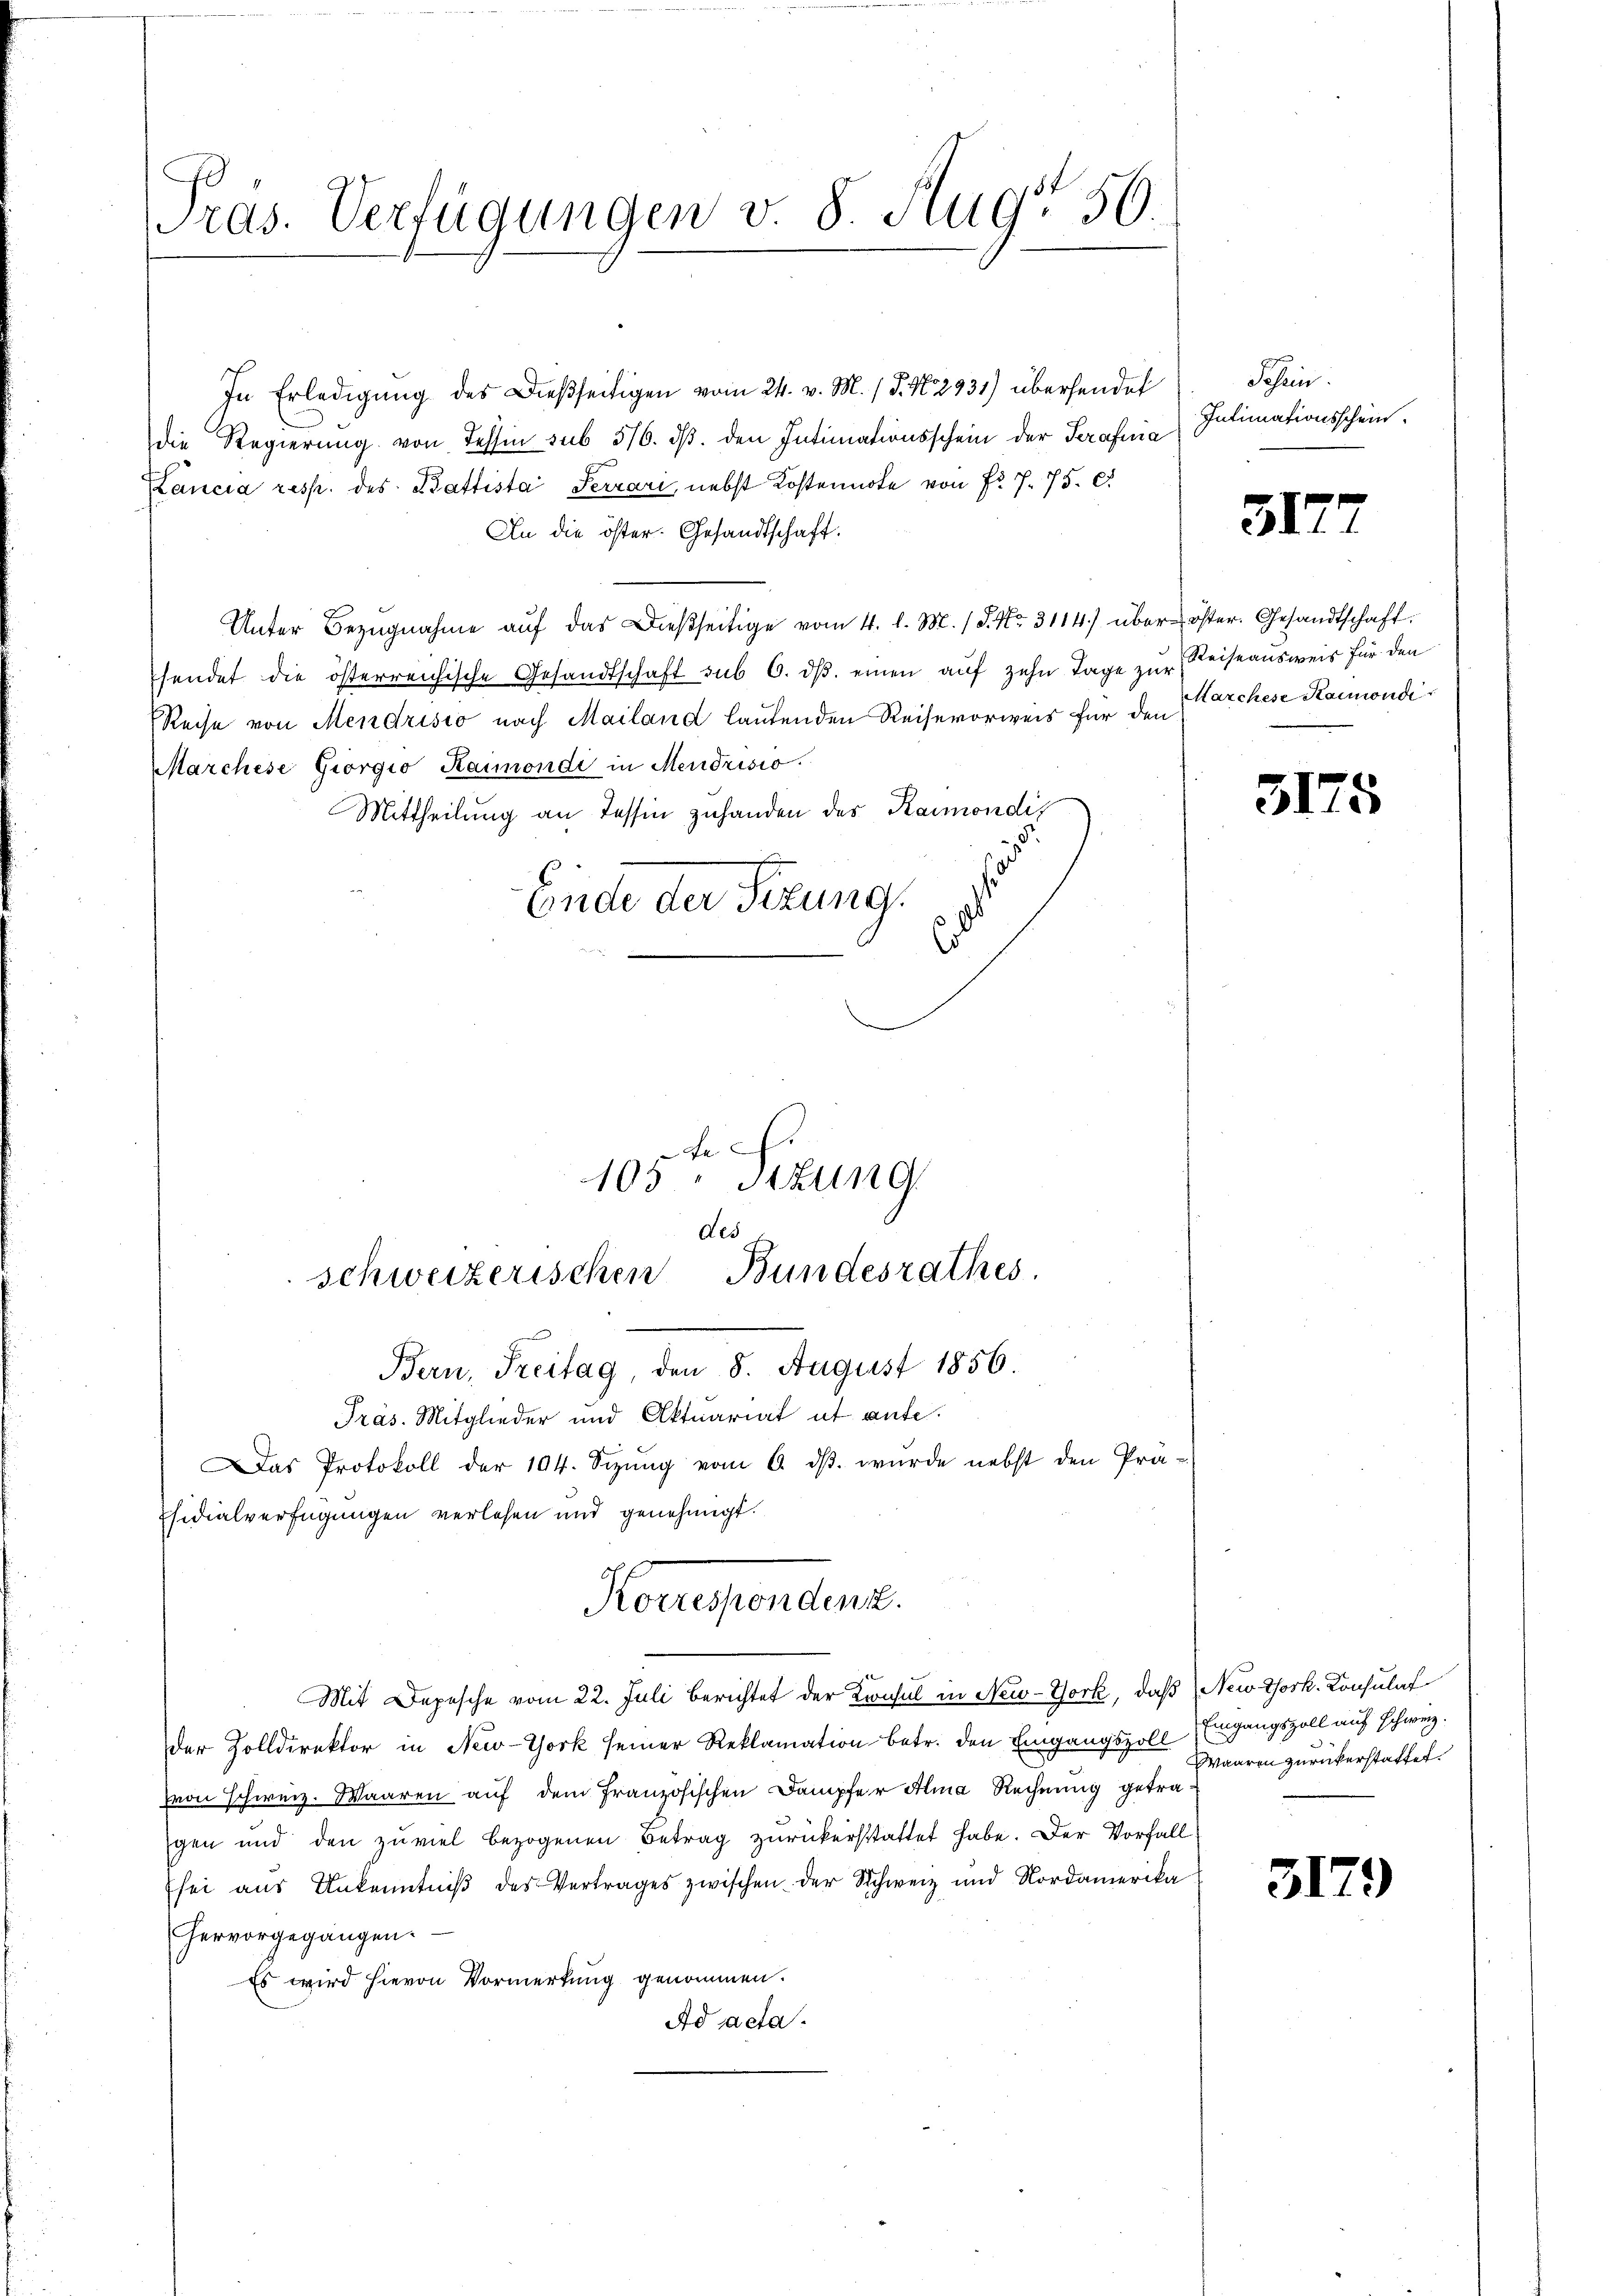
Pras. Verfügungen v. 8. Aug. 50.

In Erledigung des Dießseitigen vom 24. v. M. (T. N. 2931) überhandel
die Regierung von Tessin sub 5/6. dβ. den Intimationsschein der Serafuia
Pancia resp. des Battista Serrari, nebst Kostennote von Fr. f. 75. c.
An die öster. Gesandtschaft.
Unter Bezugnahme auf das dießseitige vom 4. d. M. 18. No. 3114) über öster. Gesandtschaft.
sendet die österreichische Gesandtschaft sub 6. dβ einen auf zehn Tage zur Keiseausweis für den
Reise von Mendrisio nach Mailand lautenden Reise vorweis für den Marchese Kanondi¬
Marchese Giorgio Kainondi in Mendrisio
Mittheilung an Tessin zuhanden des Raimondis
Ende der Seizung.

105 " Stzung
des
schweizerischen Bundesrathes.
Bern, Treitag, den 8. August 1856.
Präs. Mitglieder und Aktuariat it ante¬
Das Protokoll der 104. Sezŭng vom 6. dβ. wurde nebst den Prä-
sidialverfügungen verlesen und genehmigt.

Mit Depesche vom 22. Juli berichtet der Konsul in New-York, daß (New York. Konsulat
der Zolldirektor in New-York seiner Reklamation betr. den Eingangszoll Eingangszoll auf schweiz.
Von schweiz. Waaren auf dem französischen Dampfer Alma Rechnung getragen und den zuviel bezogenen Betrag zurückerstattet habe. Der Vorfall
sei aus Unkenntniβ des Vertrages zwischen der Schweiz und Nordamerika
hervorgegangen.
Es wird hievon Vormerkung genommen.
Ad acta.

Horgendent.

Sohlen.
Intimationsschein.

317

3175

Waaren zurückerstattet.

3179